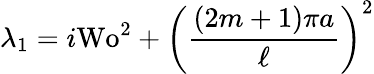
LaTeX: \lambda_{1}=i\textrm{Wo}^{2}+\left(\frac{(2m+1)\pi a}{\ell}\right)^{2}